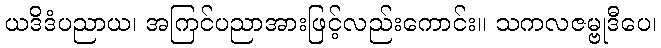
ယဒိဒံပညာယ၊ အကြင်ပညာအားဖြင့်လည်းကောင်း။ သကလဇမ္ဗုဒီပေ၊